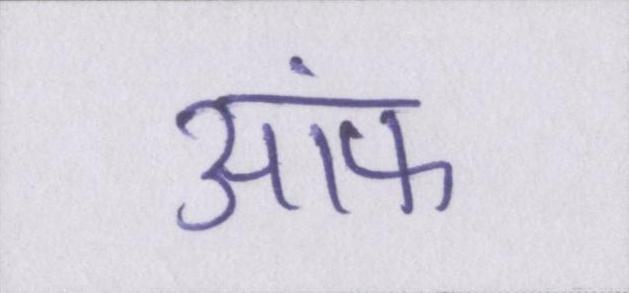
आ॓फ